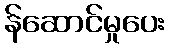
န်ဆောင်မှုပေး